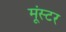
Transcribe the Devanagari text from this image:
मूंस्टर